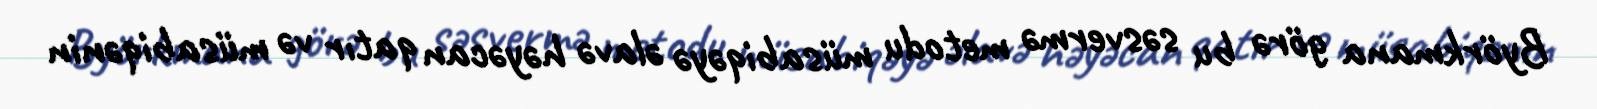
Byörkmana görə bu səsvermə metodu müsabiqəyə əlavə həyəcan qatır və müsabiqənin